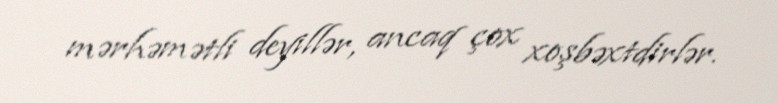
mərhəmətli deyillər, ancaq çox xoşbəxtdirlər.